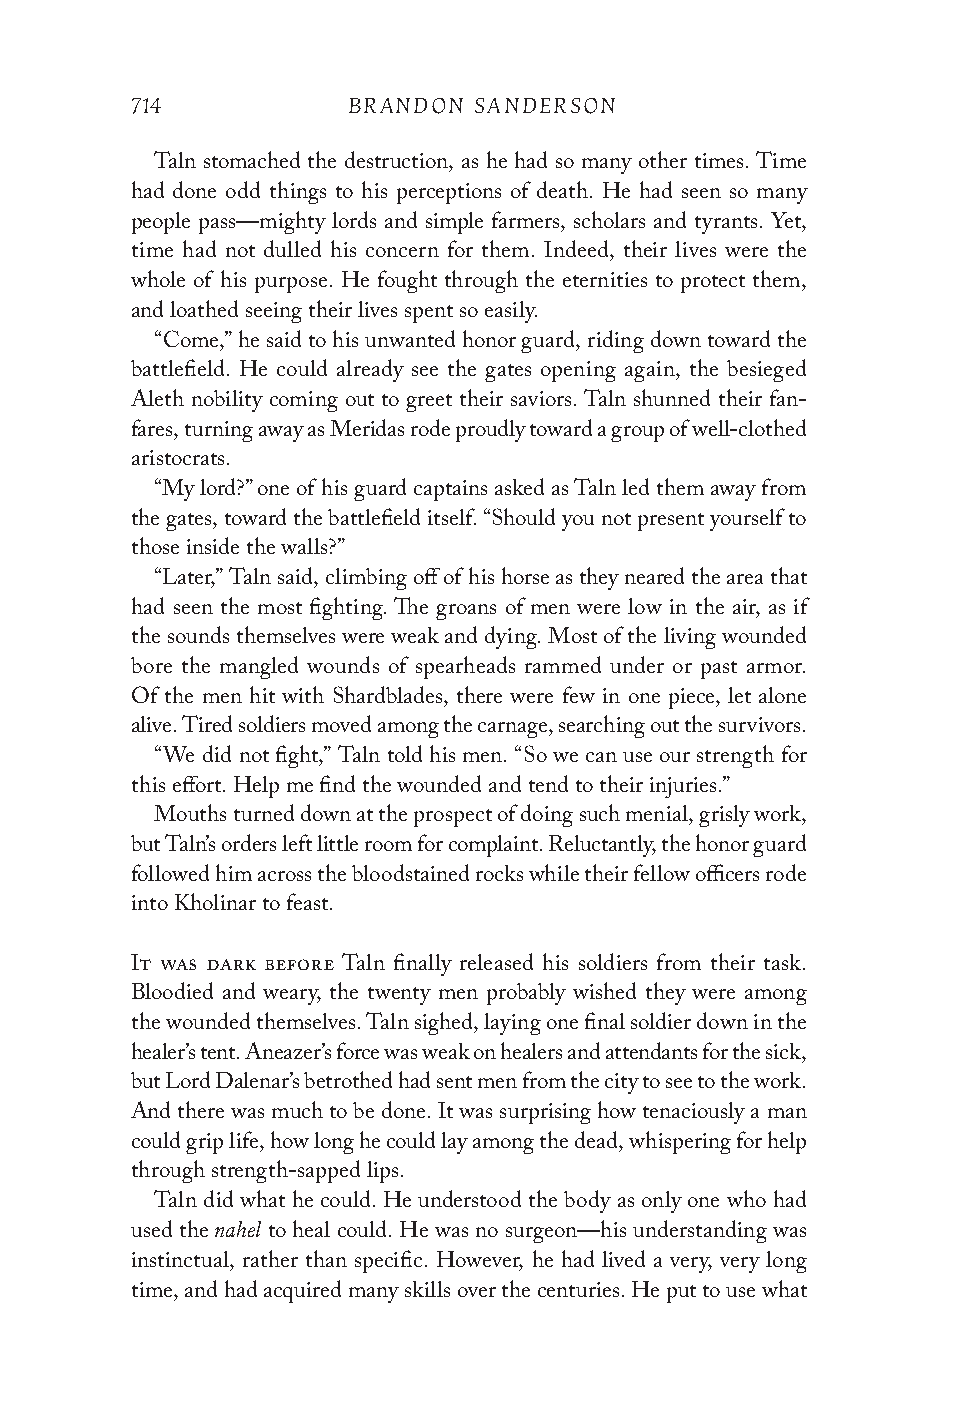
714           BRANDON SANDERSON
 Taln stomached the destruction, as he had so many other times. Time
 had done odd things to his perceptions of death. He had seen so many
 people pass—mighty lords and simple farmers, scholars and tyrants. Yet,
 time had not dulled his concern for them. Indeed, their lives were the
 whole of his purpose. He fought through the eternities to protect them,
 and loathed seeing their lives spent so easily.
 “Come,” he said to his unwanted honor guard, riding down toward the
 battlefield. He could already see the gates opening again, the besieged
 Aleth nobility coming out to greet their saviors. Taln shunned their fan-
 fares, turning away as Meridas rode proudly toward a group of well-clothed
 aristocrats.
 “My lord?” one of his guard captains asked as Taln led them away from
 the gates, toward the battlefield itself. “Should you not present yourself to
 those inside the walls?”
 “Later,” Taln said, climbing off of his horse as they neared the area that
 had seen the most fighting. The groans of men were low in the air, as if
 the sounds themselves were weak and dying. Most of the living wounded
 bore the mangled wounds of spearheads rammed under or past armor.
 Of the men hit with Shardblades, there were few in one piece, let alone
 alive. Tired soldiers moved among the carnage, searching out the survivors.
 “We did not fight,” Taln told his men. “So we can use our strength for
 this effort. Help me find the wounded and tend to their injuries.”
 Mouths turned down at the prospect of doing such menial, grisly work,
 but Taln’s orders left little room for complaint. Reluctantly, the honor guard
 followed him across the bloodstained rocks while their fellow officers rode
 into Kholinar to feast.
 It was dark before Taln finally released his soldiers from their task.
 Bloodied and weary, the twenty men probably wished they were among
 the wounded themselves. Taln sighed, laying one final soldier down in the
 healer’s tent. Aneazer’s force was weak on healers and attendants for the sick,
 but Lord Dalenar’s betrothed had sent men from the city to see to the work.
 And there was much to be done. It was surprising how tenaciously a man
 could grip life, how long he could lay among the dead, whispering for help
 through strength-sapped lips.
 Taln did what he could. He understood the body as only one who had
 nahel
 used the to heal could. He was no surgeon—his understanding was
 instinctual, rather than specific. However, he had lived a very, very long
 time, and had acquired many skills over the centuries. He put to use what